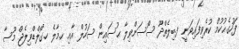
ފަހުގެޙުކުމް ކުރެވިފައިވަނީ ފ.ބިލެތްދޫ ސޯސަންވިލާ ޙުސައިން ސަހުލް އާއި ކ.މާލެ ހ.ގޯލްޑްވިލެޖް މޫސާ